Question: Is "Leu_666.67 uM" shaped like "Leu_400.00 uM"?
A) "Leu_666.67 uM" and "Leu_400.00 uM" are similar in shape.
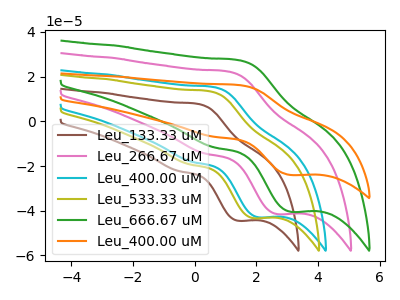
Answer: <think>The brown curve "Leu_133.33 uM" has an anodic peak at (0.10V, 7.80uA) and a cathodic peak at (1.40V, -44.45uA). The pink curve "Leu_266.67 uM" has an anodic peak at (1.10V, 22.25uA) and a cathodic peak at (2.65V, -41.50uA). The cyan curve "Leu_400.00 uM" has an anodic peak at (0.60V, 15.30uA) and a cathodic peak at (2.05V, -42.90uA). The olive curve "Leu_533.33 uM" has an anodic peak at (0.50V, 13.45uA) and a cathodic peak at (1.90V, -43.30uA). The green curve "Leu_666.67 uM" has an anodic peak at (1.45V, 27.35uA) and a cathodic peak at (3.10V, -40.45uA). The orange curve "Leu_400.00 uM" has an anodic peak at (1.45V, 16.20uA) and a cathodic peak at (3.10V, -24.00uA).
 All the peaks in "Leu_666.67 uM" have a peak in "Leu_400.00 uM" at the same potential. Every peak in "Leu_666.67 uM" is higher than every peak in "Leu_400.00 uM".</think>
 <answer>A) "Leu_666.67 uM" and "Leu_400.00 uM" are similar in shape.</answer>
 <eval>A</eval>